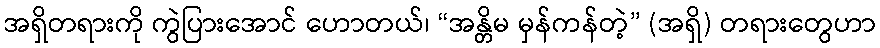
အရှိတရားကို ကွဲပြားအောင် ဟောတယ်၊ “အန္တိမ မှန်ကန်တဲ့” (အရှိ) တရားတွေဟာ